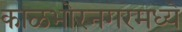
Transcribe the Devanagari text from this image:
काळभोरनगरमध्ये